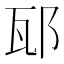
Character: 邷